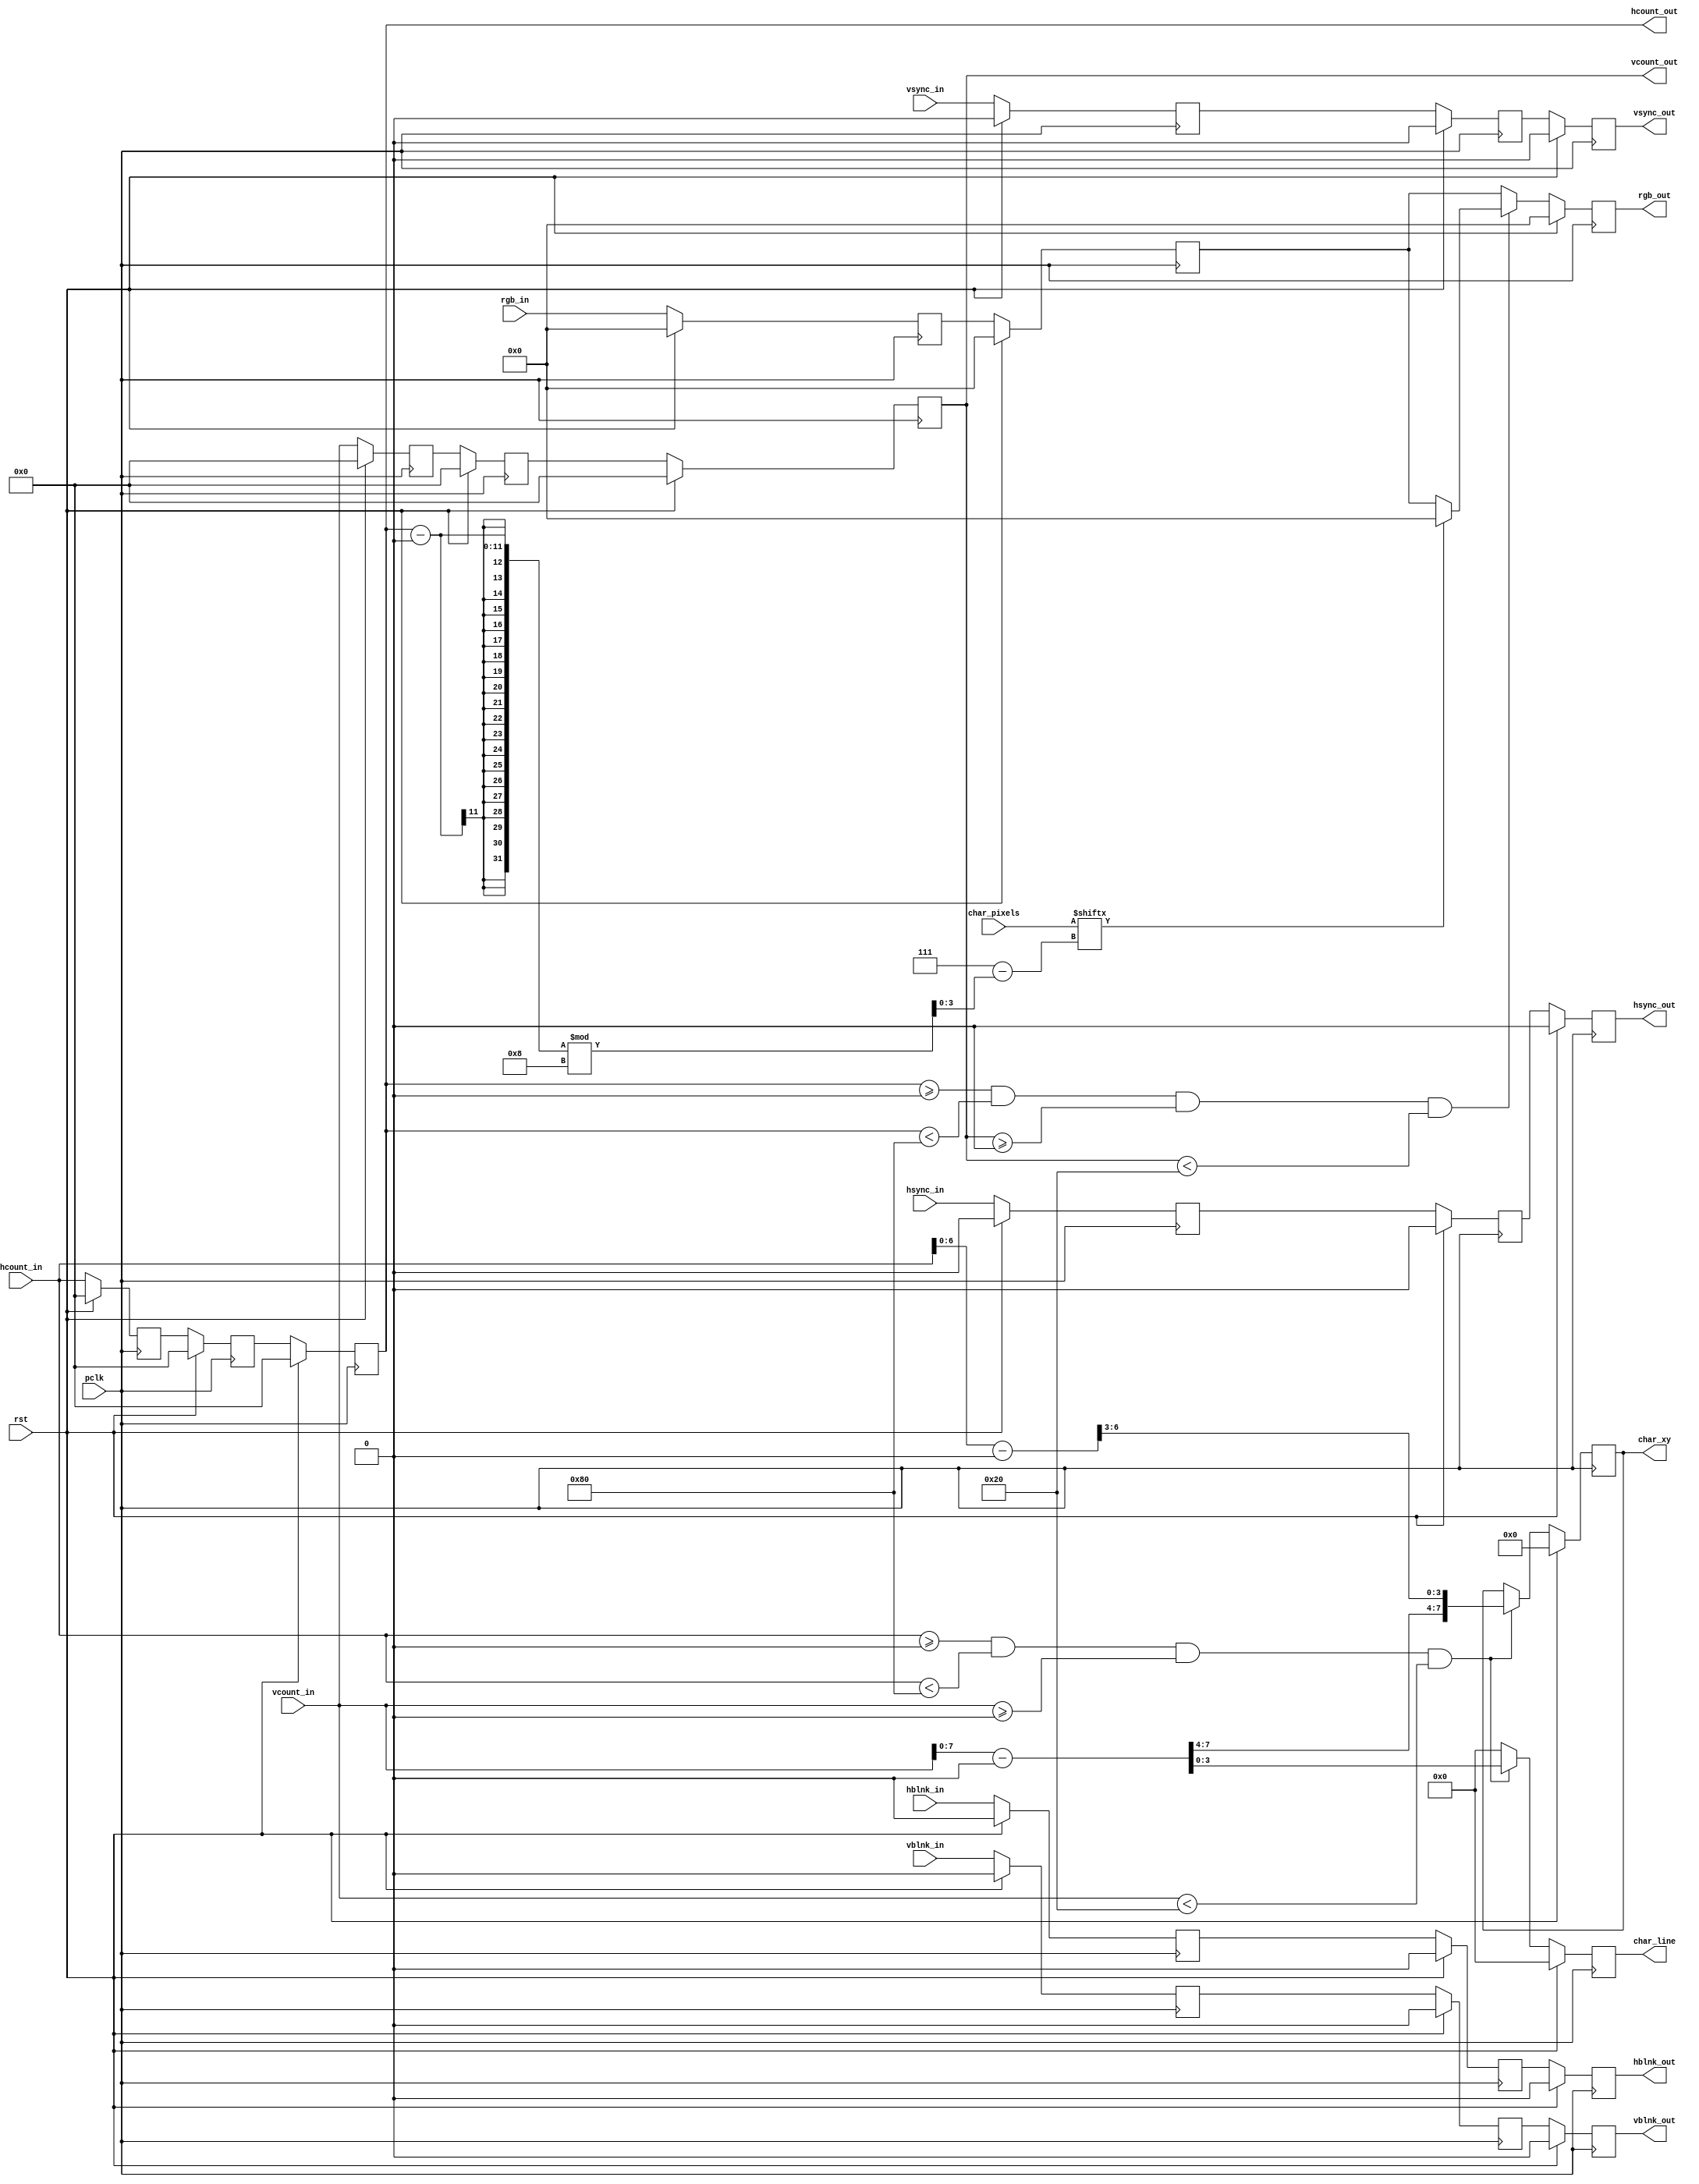
module draw_rect_char
    # ( parameter
        X_UP_LEFT_CORNER = 0,
        Y_UP_LEFT_CORNER = 0,
        TEXT_COLOR       = 12'h0_0_0,
        TEXT_WIDTH       = 16,
        TEXT_HEIGHT      = 2
    )
    (  
    input wire        pclk,
	input wire 		  rst,
    input wire [10:0] hcount_in,
    input wire        hsync_in,
    input wire        hblnk_in,
    input wire [10:0] vcount_in,
    input wire        vsync_in,
    input wire        vblnk_in,
    input wire [11:0] rgb_in,
    input wire [7:0]  char_pixels,
    
    output reg [10:0] hcount_out,
    output reg        hsync_out,
    output reg        hblnk_out,
    output reg [10:0] vcount_out,   
    output reg        vsync_out,
    output reg        vblnk_out,
    output reg [11:0] rgb_out,
    output reg [7:0]  char_xy,
    output reg [3:0]  char_line
    );



    
    reg [10:0] hcount_in_1, hcount_in_2, hcount_in_3;
    reg hsync_in_1, hsync_in_2, hsync_in_3;
    reg hblnk_in_1, hblnk_in_2, hblnk_in_3;
    reg [10:0] vcount_in_1, vcount_in_2, vcount_in_3;
    reg vsync_in_1, vsync_in_2, vsync_in_3;
    reg vblnk_in_1, vblnk_in_2, vblnk_in_3;
    reg [11:0] rgb_in_1, rgb_in_2, rgb_in_3;
    

                    
    reg [3:0] pixel_index = 0;
	reg [11:0] rgb_in_nxt = 0, rgb_out_nxt = 0;
    reg [3:0] char_line_nxt = 0;
    reg [7:0] char_xy_nxt = 0;
    reg [10:0] hcount_temp = 0;
    reg [10:0] vcount_temp = 0;
    

    always @(posedge pclk)begin
        if(rst) begin
            hsync_in_1  <= 0;
            vsync_in_1  <= 0;
            hblnk_in_1  <= 0;
            vblnk_in_1  <= 0;
            hcount_in_1 <= 0;
            vcount_in_1 <= 0;
            rgb_in_1    <= 0;
            hsync_in_2  <= 0;
            vsync_in_2  <= 0;
            hblnk_in_2  <= 0;
            vblnk_in_2  <= 0;
            hcount_in_2 <= 0;
            vcount_in_2 <= 0;
            rgb_in_2    <= 0;
            hsync_out   <= 0;
            vsync_out   <= 0;
            hblnk_out   <= 02;
            vblnk_out   <= 0;
            hcount_out  <= 0;
            vcount_out  <= 0;
            rgb_out     <= 0;
            char_xy     <= 0;
            char_line   <= 0;
        end
        else begin
    // Just pass these through. 
            hsync_in_1 <= hsync_in;
            vsync_in_1 <= vsync_in;
            hblnk_in_1 <= hblnk_in;
            vblnk_in_1 <= vblnk_in;
            hcount_in_1 <= hcount_in;
            vcount_in_1 <= vcount_in;
            
            rgb_in_1 <= rgb_in;
        
            hsync_in_2 <= hsync_in_1;
            vsync_in_2 <= vsync_in_1;
            hblnk_in_2 <= hblnk_in_1;
            vblnk_in_2 <= vblnk_in_1;
            hcount_in_2 <= hcount_in_1;
            vcount_in_2 <= vcount_in_1;
            
            rgb_in_2 <= rgb_in_1;

            hsync_out <= hsync_in_2;
            vsync_out <= vsync_in_2;
            hblnk_out <= hblnk_in_2;
            vblnk_out <= vblnk_in_2;
            hcount_out <= hcount_in_2;
            vcount_out <= vcount_in_2;
            rgb_out <= rgb_out_nxt;
            char_xy <= char_xy_nxt;
            char_line <= char_line_nxt;
        end
    end    

        
   always @*
            begin
                rgb_out_nxt = rgb_in_2;
                char_xy_nxt = char_xy;
                char_line_nxt = 0;
                pixel_index = 0;
                hcount_temp = hcount_in - X_UP_LEFT_CORNER;
                vcount_temp = vcount_in - Y_UP_LEFT_CORNER;
                if((hcount_out >= X_UP_LEFT_CORNER) && (hcount_out < X_UP_LEFT_CORNER + 8*TEXT_WIDTH) && (vcount_out >= Y_UP_LEFT_CORNER) &&(vcount_out < Y_UP_LEFT_CORNER + 16*TEXT_HEIGHT)) begin  
                    pixel_index = (hcount_out - X_UP_LEFT_CORNER) % 8;
                    if(char_pixels[7-pixel_index] == 1) begin
                        rgb_out_nxt = TEXT_COLOR;
                    end  
                    //else rgb_out_nxt = 12'h0_f_f;          
                end
                if((hcount_in >= X_UP_LEFT_CORNER) && (hcount_in < X_UP_LEFT_CORNER + 8*TEXT_WIDTH) && (vcount_in >= Y_UP_LEFT_CORNER) &&(vcount_in < Y_UP_LEFT_CORNER + 16*TEXT_HEIGHT)) begin
                    char_line_nxt   = vcount_temp[3:0];
                    char_xy_nxt     = {vcount_temp[7:4], hcount_temp[6:3]};
                    
                end         
            end
endmodule